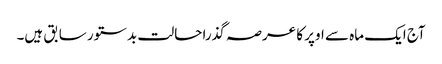
آج ایک ماہ سے اوپر کا عرصہ گذرا حالت بدستور سابق ہیں۔